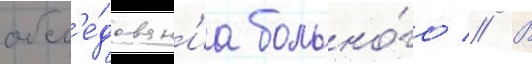
обсл'е́дован'иа больно́го // В